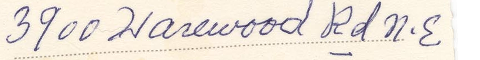
3900 Hartwood Rd N.E